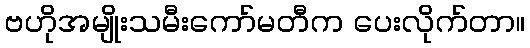
ဗဟိုအမျိုးသမီးကော်မတီက ပေးလိုက်တာ။